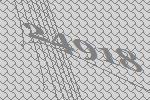
24918